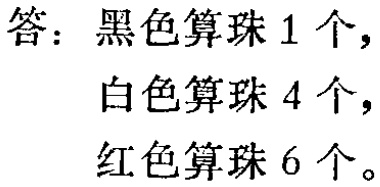
答：黑色算珠 1 个，
白色算珠 4 个，
红色算珠 6 个。